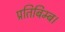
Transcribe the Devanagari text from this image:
प्रतिबिम्ब।